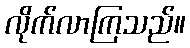
လိုက်လာကြသည်။